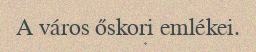
A város őskori emlékei.